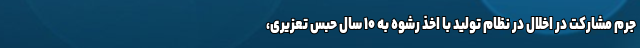
جرم مشارکت در اخلال در نظام تولید با اخذ رشوه به ۱۰ سال حبس تعزیری،